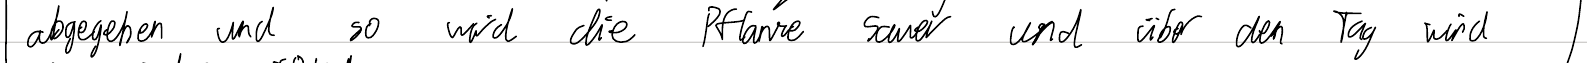
abgegeben und so wird die Pflanze sauer und über den Tag wird